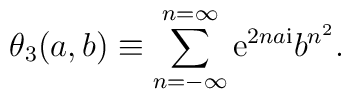
\theta_3 (a,b)  \equiv   \sum_{n=-\infty}^{n=\infty} 	{{\mathrm{e}}  }^{2 n a{\mathrm{i}}} b^{n^2}.